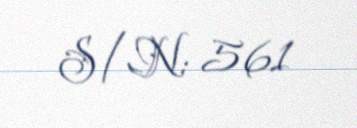
S/N: 561